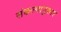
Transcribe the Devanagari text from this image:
संकल्पानुसार